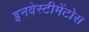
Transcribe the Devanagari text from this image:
इनवेस्टीमेंटोस